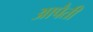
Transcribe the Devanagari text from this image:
आपैतीं